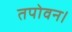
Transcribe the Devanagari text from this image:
तपोवन।